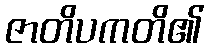
ဇာတိပကတိ၏